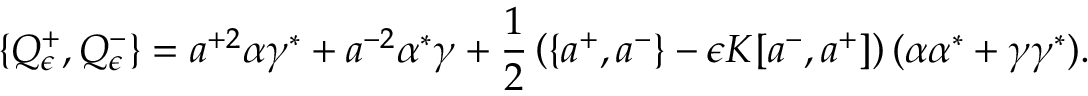
\{ Q _ { \epsilon } ^ { + } , Q _ { \epsilon } ^ { - } \} = a ^ { + 2 } \alpha \gamma ^ { * } + a ^ { - 2 } \alpha ^ { * } \gamma + \frac { 1 } { 2 } \left( \{ a ^ { + } , a ^ { - } \} - \epsilon K [ a ^ { - } , a ^ { + } ] \right) ( \alpha \alpha ^ { * } + \gamma \gamma ^ { * } ) .